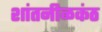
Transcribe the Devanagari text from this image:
शांतनीळकंठ